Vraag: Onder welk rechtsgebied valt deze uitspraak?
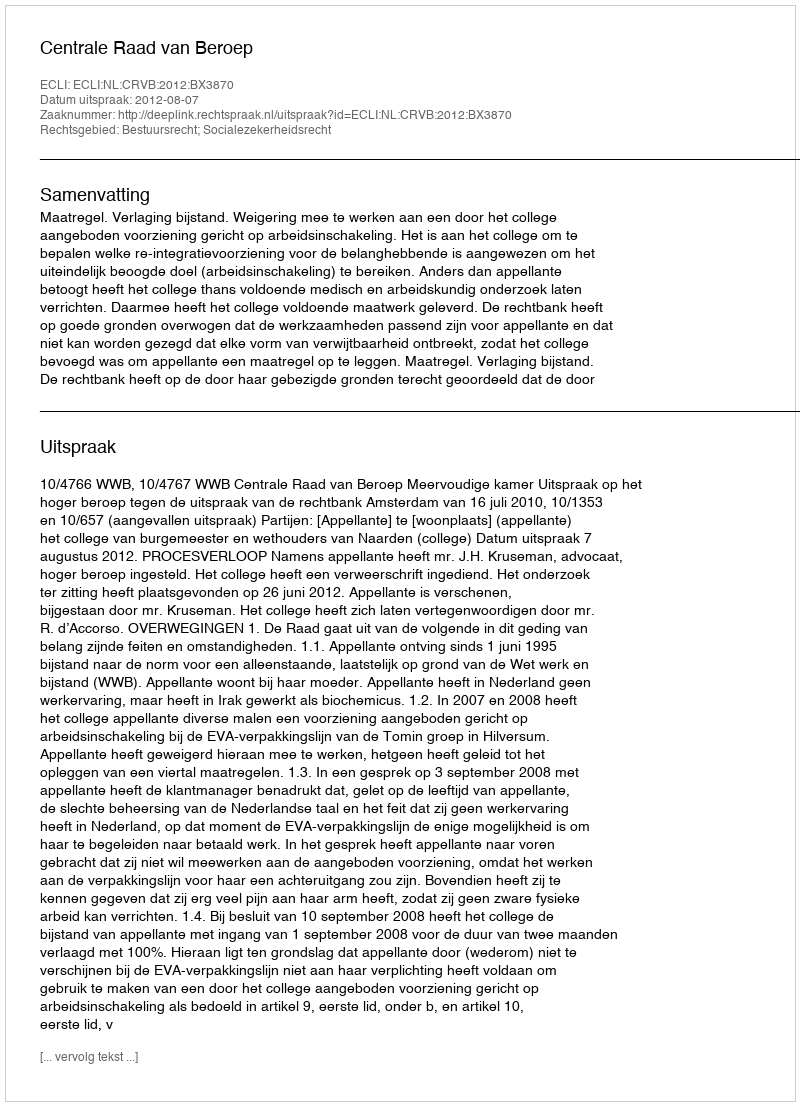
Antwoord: Bestuursrecht; Socialezekerheidsrecht